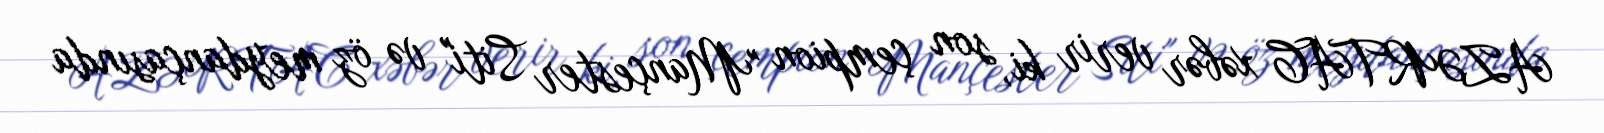
AZƏRTAC xəbər verir ki, son çempion "Mançester Siti" və öz meydançasında